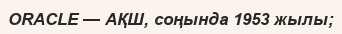
ORACLE — АҚШ, соңында 1953 жылы;